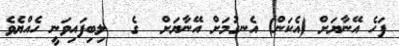
ފަހެ އޭނާޔަށް (އެކަން) އެނގުމަށް އޭނާޔަށް  ގެ  ލިބިފައިވަނީ ހެއްޔެވެ